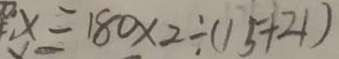
x = 1 8 0 \times 2 \div ( 1 5 + 2 1 )